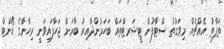
ތަފާތު އެއްޗެއް. މިވަގުތު ސްޓާފުން ޓީޝަރޓްތައް ބަހަމުންދާއިރު ބާރަށް ޖަހާފައިވަނީ ރިހާނާގެ ޑޯންޓް